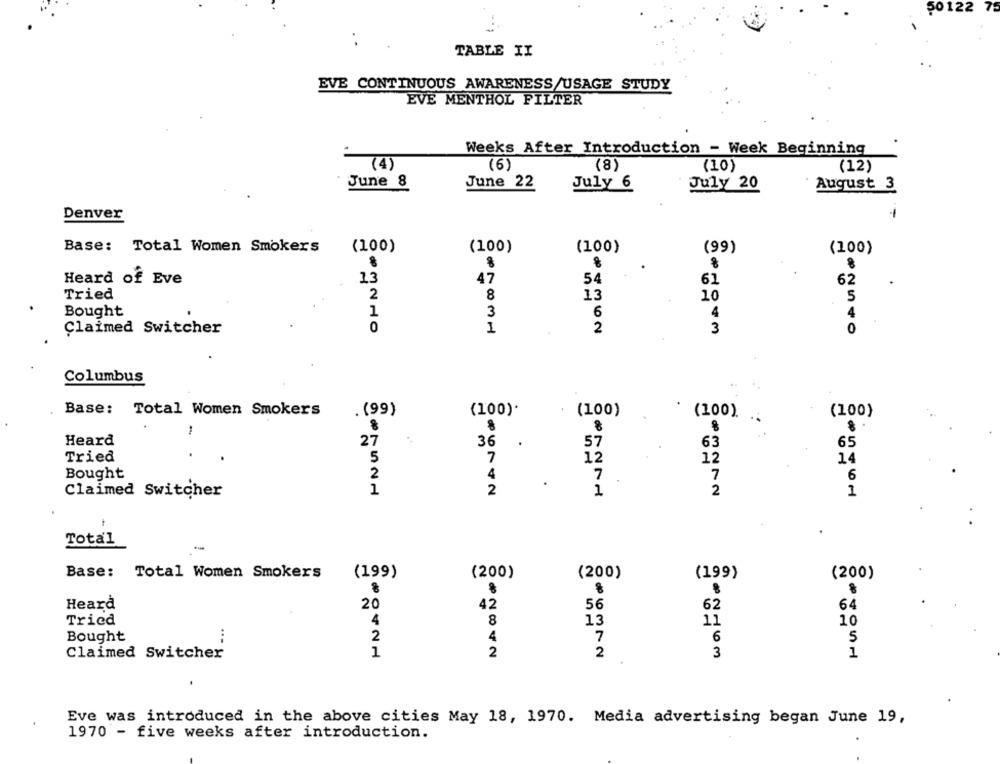
50122 75
TABLE II
EVE CONTINUOUS AWARENESS/USAGE STUDY
EVE MENTHOL FILTER
Weeks After Introduction - Week Beginning
(4)
(6)
(8)
(10)
(12)
June 8
June 22
July 6
July 20
August 3
-
Denver
Base: Total Women Smokers
(100)
(100)
(100)
(99)
(100)
8
Heard of Eve
13
47
54
61
62
Tried
2
8
13
10
5
Bought
1
3
6
4
4
0
1
2
0
Claimed Switcher
3
Columbus
Base: Total Women Smokers
. (99)
(100).
(100)
(100).
(100)
Heard
27
36
57
63
65
Tried
5
7
12
14
12
4
Bought
2
.
7
7
6
1
2
2
Claimed Switcher
1
1
Total
Base: Total Women Smokers
(200)
(200)
(199)
(199)
(200)
de
42
Heard
20
56
62
64
8
Tried
4
13
11
10
4
Bought
2
7
6
5
Claimed Switcher
1
2
2
3
1
Eve was introduced in the above cities May 18, 1970. Media advertising began June 19,
1970 - five weeks after introduction.